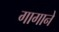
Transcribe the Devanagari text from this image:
गागाने